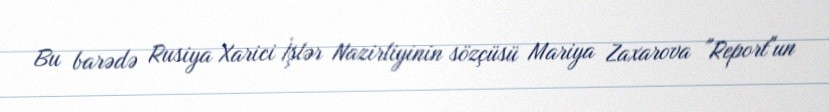
Bu barədə Rusiya Xarici İşlər Nazirliyinin sözçüsü Mariya Zaxarova "Report"un